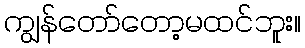
ကျွန်တော်တော့မထင်ဘူး။